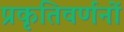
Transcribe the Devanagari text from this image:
प्रकृतिवर्णनों